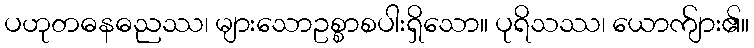
ပဟုတဓနဓညဿ၊ များသောဥစ္စာစပါးရှိသော။ ပုရိသဿ၊ ယောက်ျား၏။